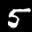
Label: 5